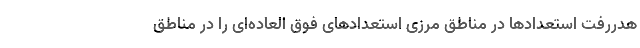
هدررفت استعدادها در مناطق مرزی استعدادهای فوق العاده‌ای را در مناطق